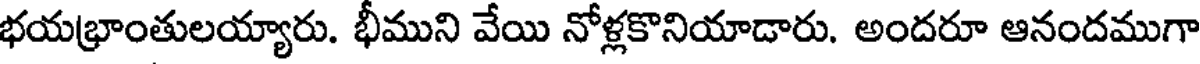
భయభ్రాంతులయ్యారు. భీముని వేయి నోళ్లకొనియాడారు. అందరూ ఆనందముగా